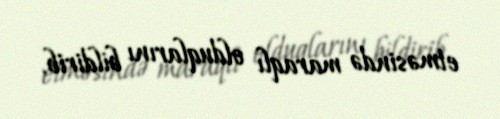
etməsində maraqlı olduqlarını bildirib.